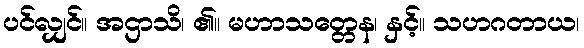
ပင်လျှင်။ အဌာသိ၊ ၏။ မဟာသတ္တေန၊ နှင့်။ သဟဂတာယ၊